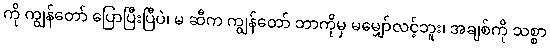
ကို ကျွန်တော် ပြောပြီးပြီပဲ၊ မ ဆီက ကျွန်တော် ဘာကိုမှ မမျှော်လင့်ဘူး၊ အချစ်ကို သစ္စာ